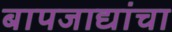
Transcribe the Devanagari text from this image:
बापजाद्यांचा